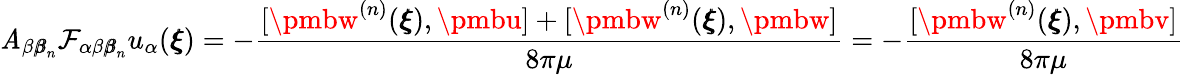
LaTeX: \mathit{A}_{\beta{\pmb\beta}_{n}}\mathcal{{F}}_{\alpha\beta{\pmb\beta}_{n}}u_{\alpha}({\pmb\xi})=-\frac{{[{\pmbw}^{(n)}({\pmb\xi}),{\pmbu}]+[{\pmbw}^{(n)}({\pmb\xi}),{\pmbw}]}}{{8\pi\mu}}=-\frac{{[{\pmbw}^{(n)}({\pmb\xi}),{\pmbv}]}}{{8\pi\mu}}